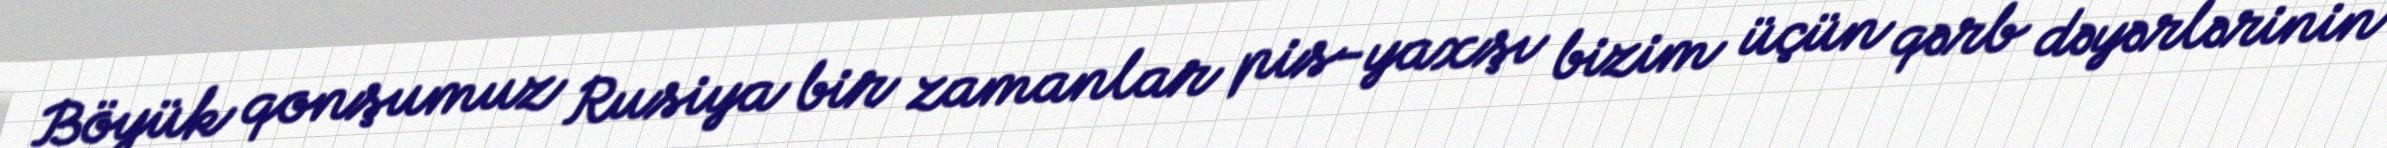
Böyük qonşumuz Rusiya bir zamanlar pis-yaxşı bizim üçün qərb dəyərlərinin